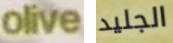
olive الجليد